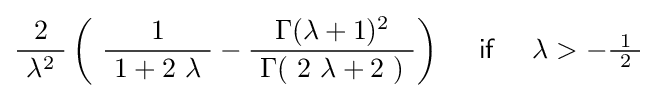
{\frac {2}{\ \lambda ^{2}\ }}\left(\ {\frac {1}{\ 1+2\ \lambda \ }}-{\frac {\ \Gamma \,\!(\lambda +1)^{2}\ }{\ \Gamma \,\!(\ 2\ \lambda +2\ )\ }}\right)\quad ~{\mathsf {if}}~\quad \lambda >-{\tfrac {\ 1\ }{2}}\